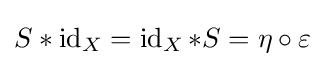
S*\operatorname {id} _{X}=\operatorname {id} _{X}*S=\eta \circ \varepsilon